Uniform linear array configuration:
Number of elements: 32
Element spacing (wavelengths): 0.5
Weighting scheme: hamming
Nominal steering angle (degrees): -15
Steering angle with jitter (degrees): -13.607
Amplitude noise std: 0.05
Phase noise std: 0.05

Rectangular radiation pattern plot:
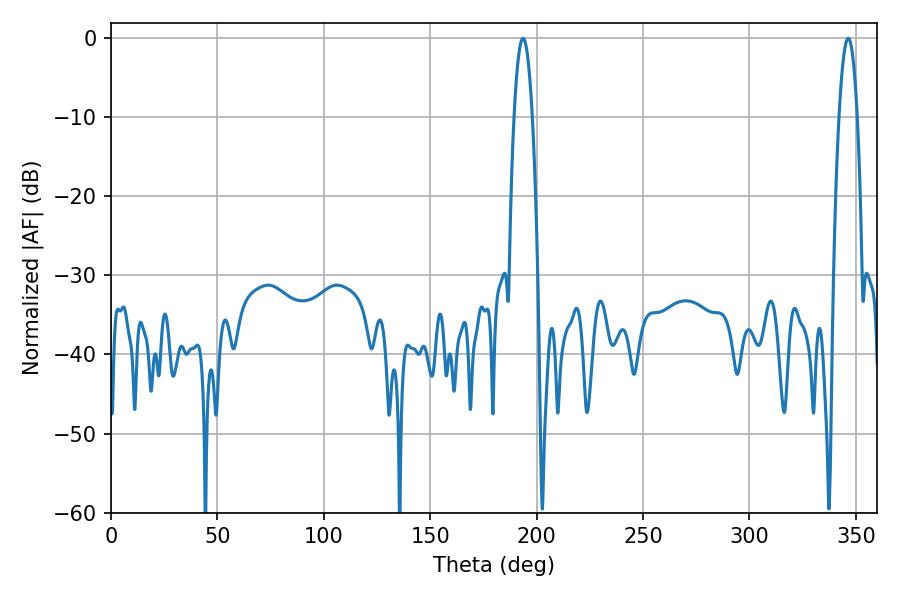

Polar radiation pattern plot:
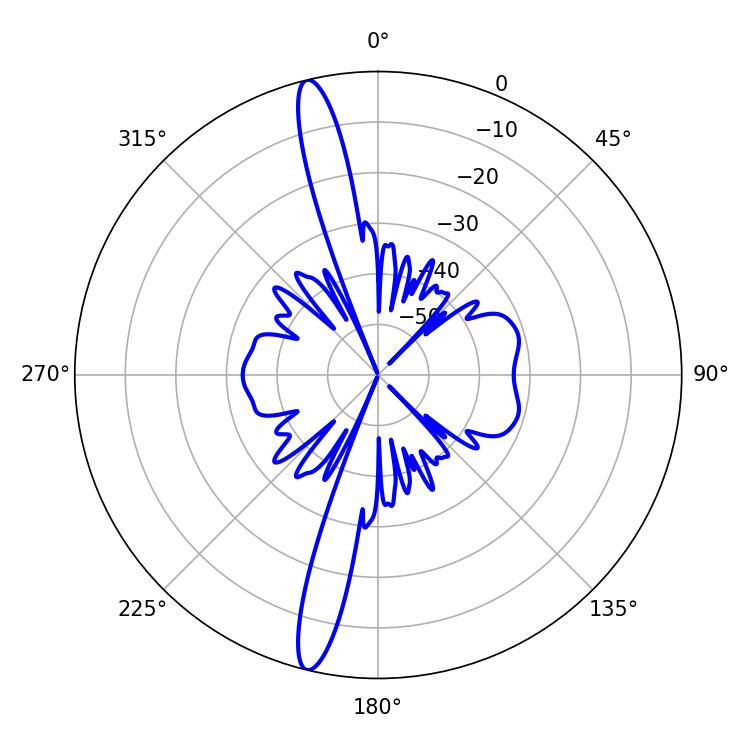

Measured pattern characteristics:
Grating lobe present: FALSE
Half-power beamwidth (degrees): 4.68
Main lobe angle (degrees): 346.32